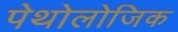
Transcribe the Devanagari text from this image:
पेथोलोजिक